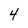
Character: 4